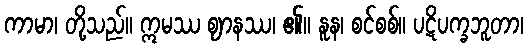
ကာမာ၊ တို့သည်။ ဣမဿ ဈာနဿ၊ ၏။ နူန၊ စင်စစ်။ ပဋိပက္ခဘူတာ၊